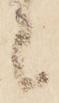
者